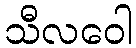
သီလဝေါ